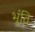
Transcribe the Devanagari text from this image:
भूंति